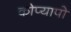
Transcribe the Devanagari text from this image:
कोप्यापो